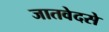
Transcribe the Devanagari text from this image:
जातवेदसे